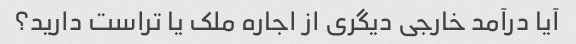
آیا درآمد خارجی دیگری از اجاره ملک یا تراست دارید؟